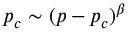
p _ { c } \sim ( p - p _ { c } ) ^ { \beta }